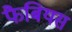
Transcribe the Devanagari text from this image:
फैबियस